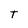
Character: T